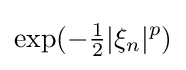
\exp(-{\tfrac {1}{2}}|\xi _{n}|^{p})